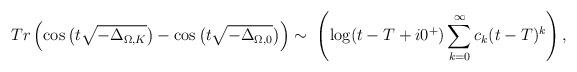
LaTeX: \begin{align*} \small Tr \left ( \cos\big( t \sqrt{-\Delta_{\Omega, K}}\big) -\cos\big( t \sqrt{-\Delta_{\Omega, 0}}\big) \right ) \sim \; \left ( \log (t -T+ i 0^+ ) \sum_{k=0}^\infty c_k (t-T)^k \right ),\end{align*}